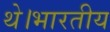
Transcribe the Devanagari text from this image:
थे।भारतीय